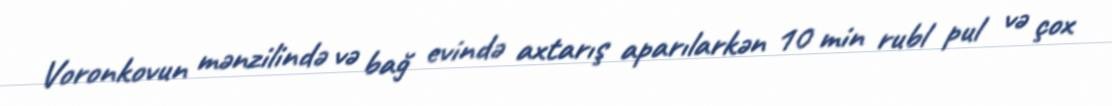
Voronkovun mənzilində və bağ evində axtarış aparılarkən 10 min rubl pul və çox